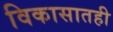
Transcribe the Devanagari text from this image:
विकासातही